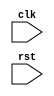
/*
Distributed under the MIT license.
Copyright (c) 2015 Dave McCoy (dave.mccoy@cospandesign.com)

Permission is hereby granted, free of charge, to any person obtaining a copy of
this software and associated documentation files (the "Software"), to deal in
the Software without restriction, including without limitation the rights to
use, copy, modify, merge, publish, distribute, sublicense, and/or sell copies
of the Software, and to permit persons to whom the Software is furnished to do
so, subject to the following conditions:

The above copyright notice and this permission notice shall be included in all
copies or substantial portions of the Software.

THE SOFTWARE IS PROVIDED "AS IS", WITHOUT WARRANTY OF ANY KIND, EXPRESS OR
IMPLIED, INCLUDING BUT NOT LIMITED TO THE WARRANTIES OF MERCHANTABILITY,
FITNESS FOR A PARTICULAR PURPOSE AND NONINFRINGEMENT. IN NO EVENT SHALL THE
AUTHORS OR COPYRIGHT HOLDERS BE LIABLE FOR ANY CLAIM, DAMAGES OR OTHER
LIABILITY, WHETHER IN AN ACTION OF CONTRACT, TORT OR OTHERWISE, ARISING FROM,
OUT OF OR IN CONNECTION WITH THE SOFTWARE OR THE USE OR OTHER DEALINGS IN THE
SOFTWARE.
*/

/*
 * Author:
 * Description:
 *
 * Changes:
 */

module sdio_function_template (
  input                     clk,
  input                     rst
  //output  reg   [7:0]       o_reg_example
  //input         [7:0]       i_reg_example

);
//local parameters
localparam     PARAM1  = 32'h00000000;
//registes/wires
//submodules
//asynchronous logic
//synchronous logic



endmodule